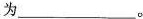
为___。